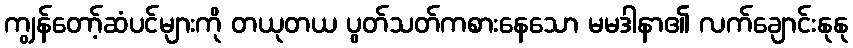
ကျွန်တော့်ဆံပင်များကို တယုတယ ပွတ်သတ်ကစားနေသော မမဒါနာ၏ လက်ချောင်းနုနု